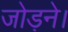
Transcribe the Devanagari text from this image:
जोड़ने।